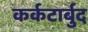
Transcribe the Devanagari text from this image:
कर्कटार्बुद